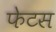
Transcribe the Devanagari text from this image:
फेटस